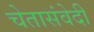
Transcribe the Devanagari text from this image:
चेतासंवेदी